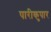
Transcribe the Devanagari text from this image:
पारीकुपार